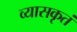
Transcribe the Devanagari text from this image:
व्यासकृतं